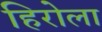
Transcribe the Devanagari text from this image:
हिरोला